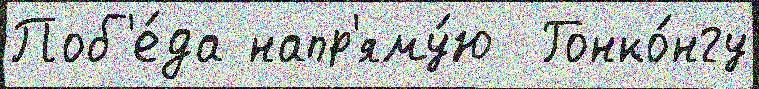
Поб'е́да напр'яму́ю  Гонко́нгу